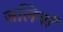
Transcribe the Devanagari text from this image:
जलियां